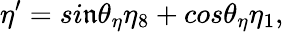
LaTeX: \eta^{\prime}=si\mathfrak{n}\theta_{\eta}\eta_{8}+cos\theta_{\eta}\eta_{1},